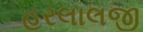
હરલાલજી